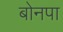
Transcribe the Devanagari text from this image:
बोनपा